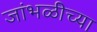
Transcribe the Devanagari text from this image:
जांभळीच्या